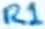
Text: R1